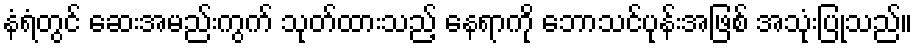
နံရံတွင် ဆေးအမည်းကွက် သုတ်ထားသည့် နေရာကို ဘောသင်ပုန်းအဖြစ် အသုံးပြုသည်။